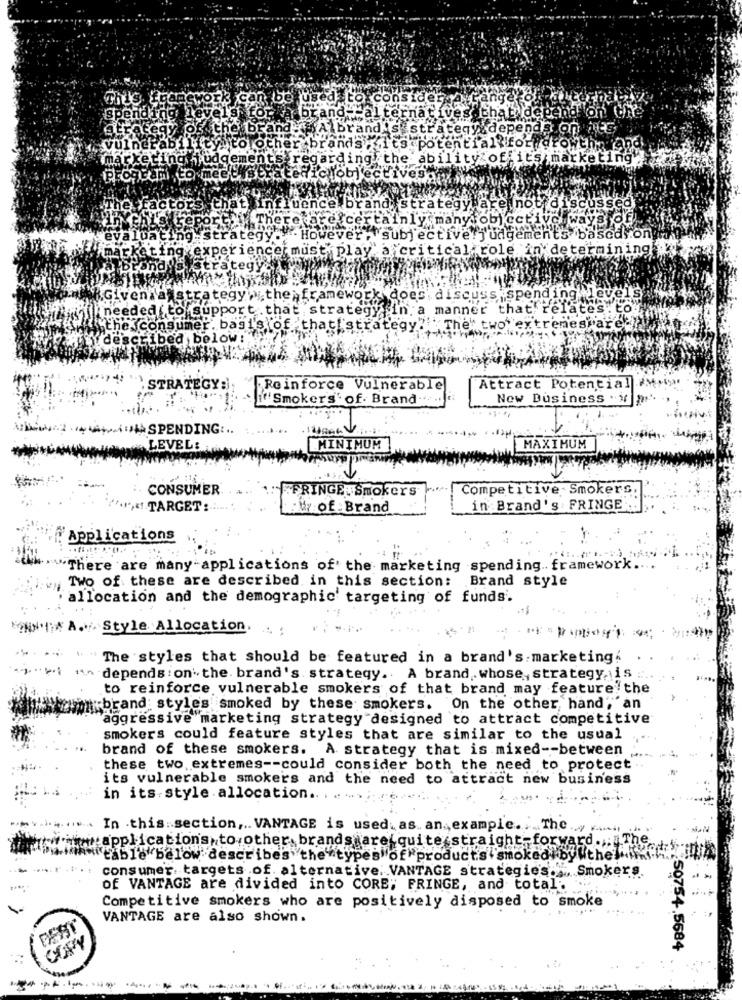
This framework can be used to consider
nge
spel
rand- alternativesat
"on the
egy of th
brand
and
&strategy depends on nes
tolothe
t3 Potential for growth and
marx
rxet
gements reg
ing the ability of its marketing
Program to mee
factors that influence brand strategy are not discussed
Thereare certainly many objectivo ways of
tegy
However, subjective/judgements basedy.on
rience must play a critical role in determining
Given a
i. thenframework does' discuss spend ing wley
needed to support that strategy in a manner that relates.
the consumer
bagi's of that! strategy" " The' two
tremes are ??
*un'described below:
STRATEGY :
Reinforce Vulnerable
Attract Potential.
""Smoker's' of. Brand .....
New Business . if p
Ad SPENDING ...
LEVEL:
MINIMUM
MAXIMUM
CONSUMER
.FRINGE. Smokers
Competitive Smokers,
'"My! TARGET :...
: Wy of Brand
in Brand's FRINGE ...
Applications
There are many-applications of' the marketing spending .. framework ...
Two of these are described in this section: Brand style
allocation and the demographic' targeting of funds.
Style Allocation.
The styles that should be featured in a brand's. marketing.
"," depends on" the brand's strategy .. A brand, whose, strategy, is:
to reinforce vulnerable smokers of that brand may feature the
"brand styles smoked by these smokers. On the other hand, an
aggressive marketing strategy designed to attract competitive
smokers could feature styles that are similar to the usual
brand of these smokers. A strategy that is mixed -- between
these two. extremes -- could consider both the need to protect
its vulnerable smokers and the need to attract new business
in its-style allocation .. .
In this section ,.. VANTAGE is used. as an example. .. The .
wapplications to other brands are quite straight forward .,. The
table below describes the types of "products'smoked by the
consumer: targets of. alternative. VANTAGE strategie's .,, Smokers.
of VANTAGE are divided into CORE; FRINGE, and total'
Competitive smokers who are positively disposed to smoke
VANTAGE are also shown.
50754.5684